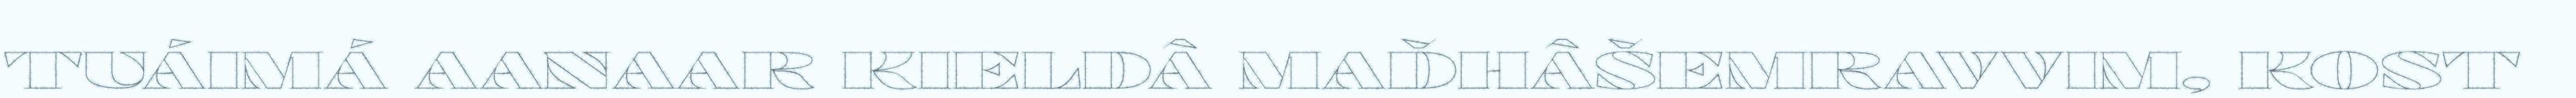
TUÁIMÁ AANAAR KIELDÂ MAĐHÂŠEMRAVVIM, KOST